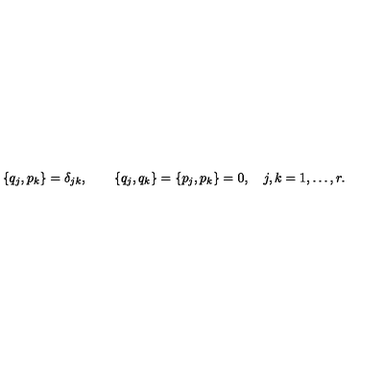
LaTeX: \{ q _ { j } , p _ { k } \} = \delta _ { j k } , \qquad \{ q _ { j } , q _ { k } \} = \{ p _ { j } , p _ { k } \} = 0 , \quad j , k = 1 , \ldots , r .